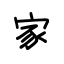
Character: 家